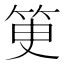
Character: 𥬽